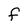
Character: f